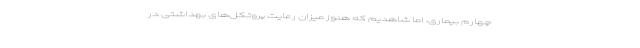
چهارم بیماری، اما شاهدیم که هنوز میزان رعایت پروتکل‌های بهداشتی در